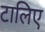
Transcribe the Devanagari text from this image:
टालिए